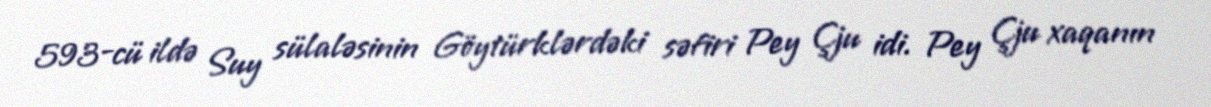
593-cü ildə Suy sülaləsinin Göytürklərdəki səfiri Pey Çju idi. Pey Çju xaqanın